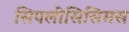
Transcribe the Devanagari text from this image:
सिपलीसिसिमस